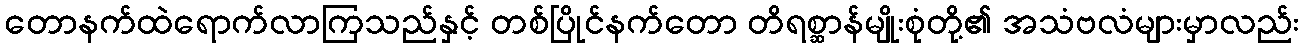
တောနက်ထဲရောက်လာကြသည်နှင့် တစ်ပြိုင်နက်တော တိရစ္ဆာန်မျိုးစုံတို့၏ အသံဗလံများမှာလည်း